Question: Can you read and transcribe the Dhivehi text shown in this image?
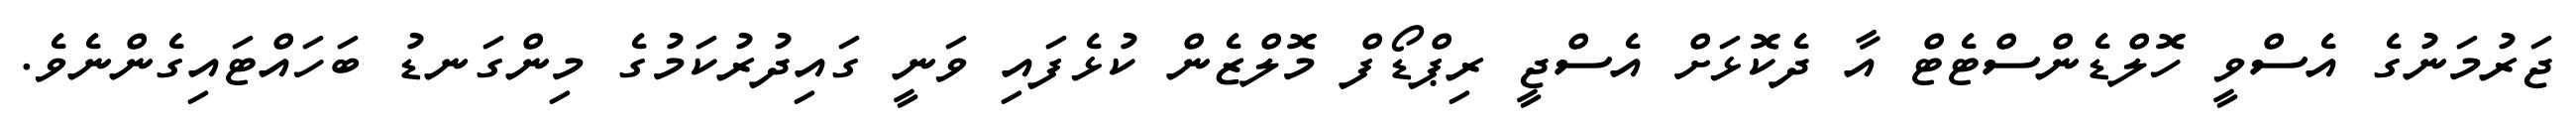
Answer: ޖަރުމަނުގެ އެސްވީ ހޮލްޑެންސްޓެޓް އާ ދެކޮޅަށް އެސްޖީ ރިޕްޑޯފް މޮލްޒެން ކުޅެފައި ވަނީ ގައިދުރުކަމުގެ މިންގަނޑު ބަހައްޓައިގެންނެވެ.